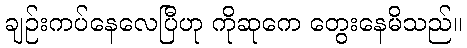
ချဉ်းကပ်နေလေပြီဟု ကိုဆုကေ တွေးနေမိသည်။